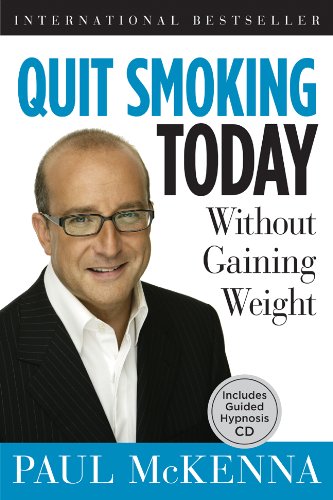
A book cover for Quit Smoking Today Without Gaining Weight; Paul McKenna; Self-Help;